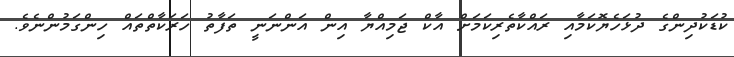
ކުޑަކުދިންގެ ދުޅަހެޔޮކަމާއި ރައްކާތެރިކަމަށް އާކް ޖަމިއްޔާ އިން އަންނަނީ ތަފާތު ހަރަކާތްތައް ހިންގަމުންނެވެ.